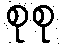
စုစု